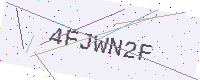
Text: 4FJWN2F